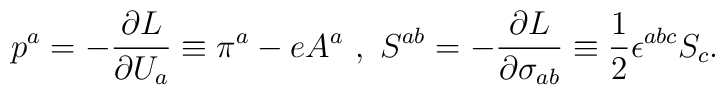
p^a=-{{\partial L}\over {\partial U_a}}\equiv \pi ^a-eA^a ~,~S^{ab}=-{{\partial L}\over {\partial \sigma_{ab}}}\equiv {1\over 2}\epsilon ^{abc}S_c.